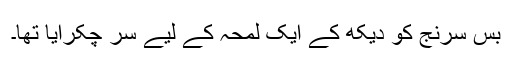
بس سرنج کو دیکھ کے ایک لمحہ کے لیے سر چکرایا تھا۔